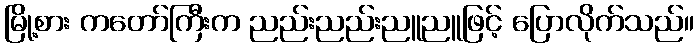
မြို့စား ကတော်ကြီးက ညည်းညည်းညူညူဖြင့် ပြောလိုက်သည်။